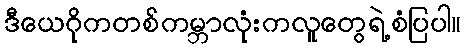
ဒီယေဂိုကတစ်ကမ္ဘာလုံးကလူတွေရဲ့စံပြပါ။